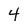
Character: 4